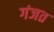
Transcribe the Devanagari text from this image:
गंजत